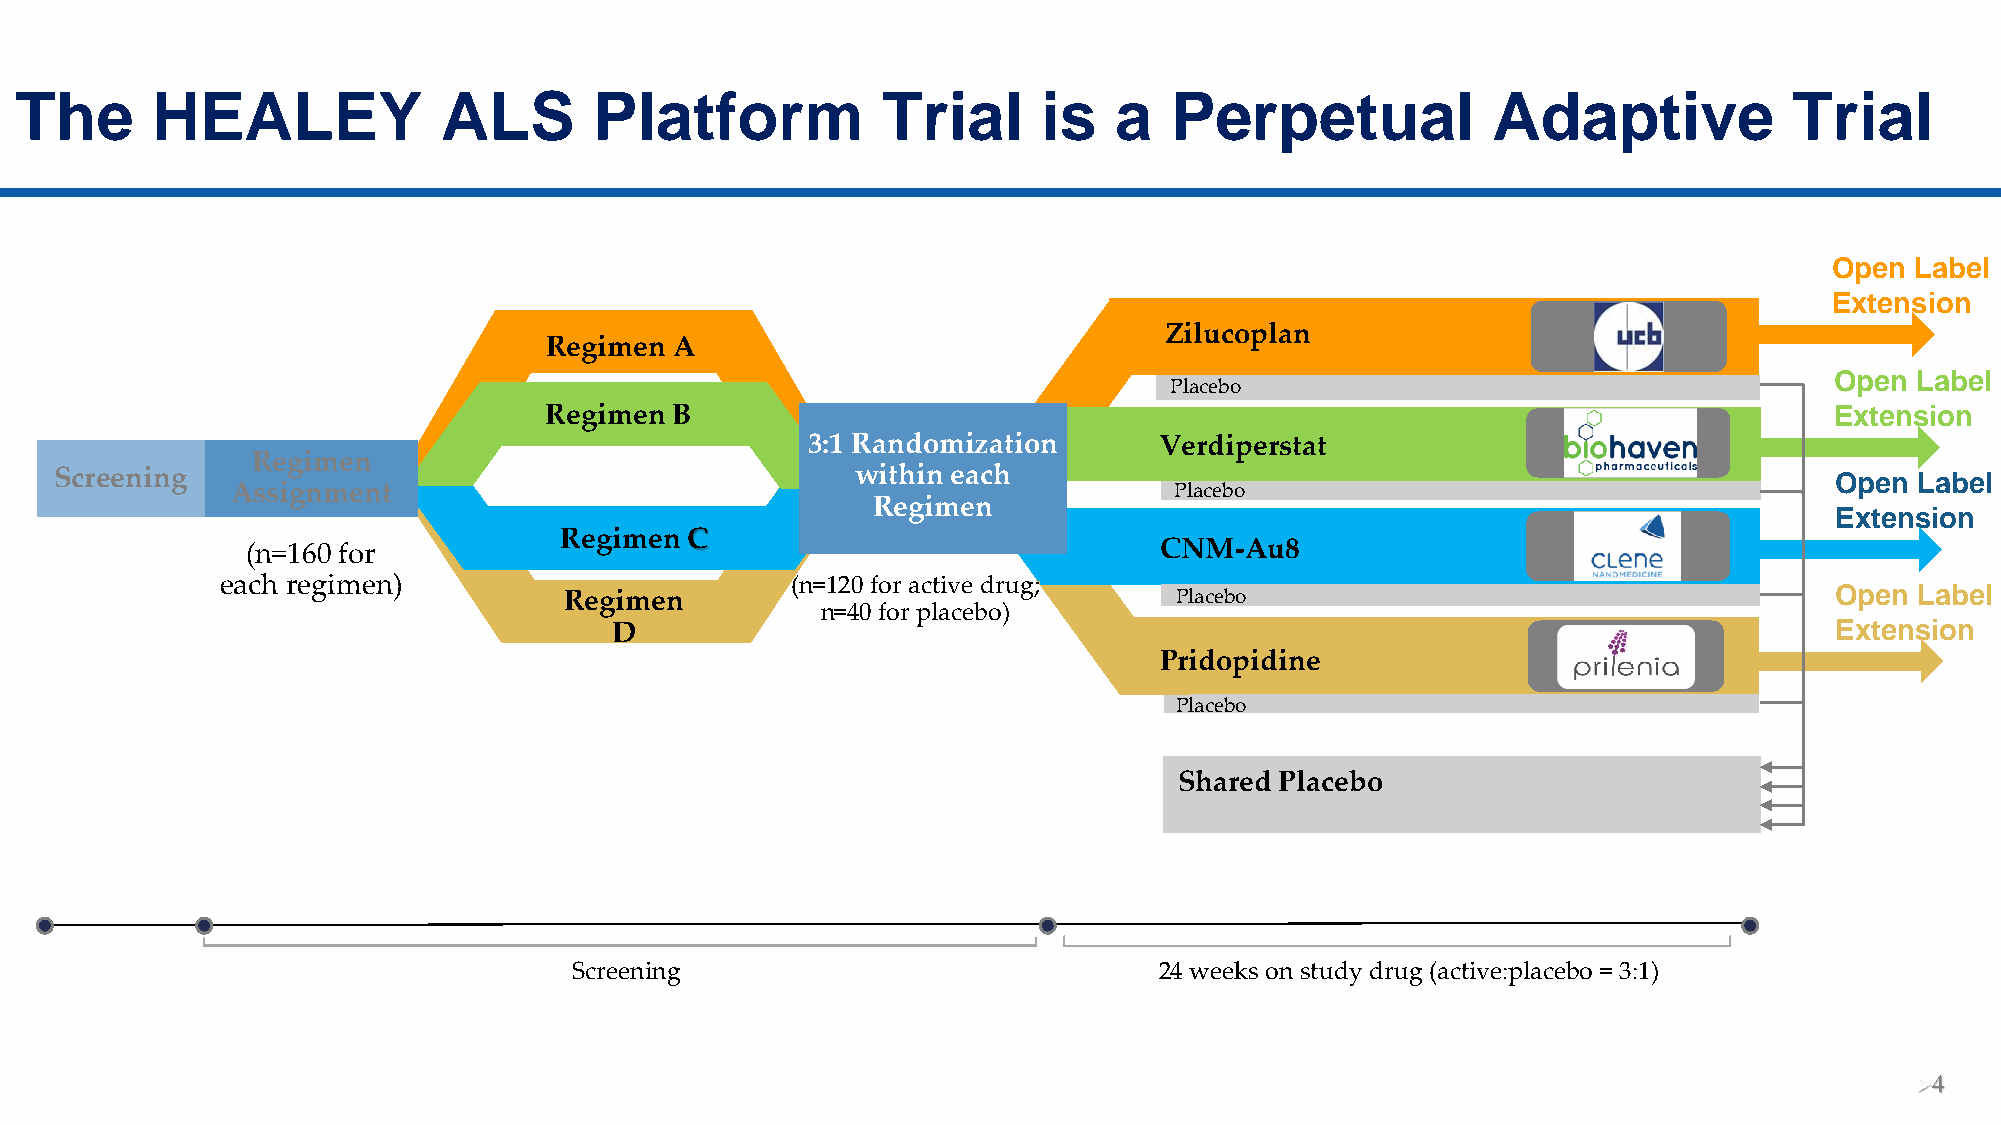
The      HEALEY             ALS       Platform           Trial      is   a  Perpetual             Adaptive            Trial
 Open  Label
 Extension
 Zilucoplan
 Regimen  A
 Open  Label
 Placebo
 Regimen B                                                                            Extension
 3:1 Randomization       Verdiperstat
 Regimen
 Screening                                            within each                                                     Open  Label
 Assignment                                                     Placebo
 Regimen
 Extension
 Regimen C
 (n=160 for                                                   CNM-Au8
 each regimen)                        (n=120 for active drug;
 Open  Label
 Regimen                                  Placebo
 n=40 for placebo)
 D                                                                                Extension
 Pridopidine
 Placebo
 Shared Placebo
 Screening                              24 weeks on study drug (active:placebo = 3:1)
 ➢4